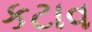
કટાવ